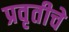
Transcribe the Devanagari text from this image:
प्रवृतीचे